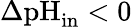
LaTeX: \Delta\textrm{pH}_{\textrm{in}}<0